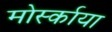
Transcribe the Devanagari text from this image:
मोर्स्काया